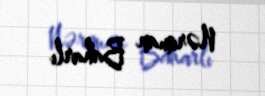
Nəriman Baharlı